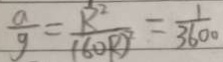
\frac { a } { g } = \frac { R ^ { 2 } } { ( 6 0 R ) ^ { 2 } } = \frac { 1 } { 3 6 0 0 }